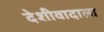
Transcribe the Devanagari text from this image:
देशीवादाला